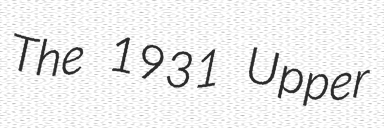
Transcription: The 1931 Upper